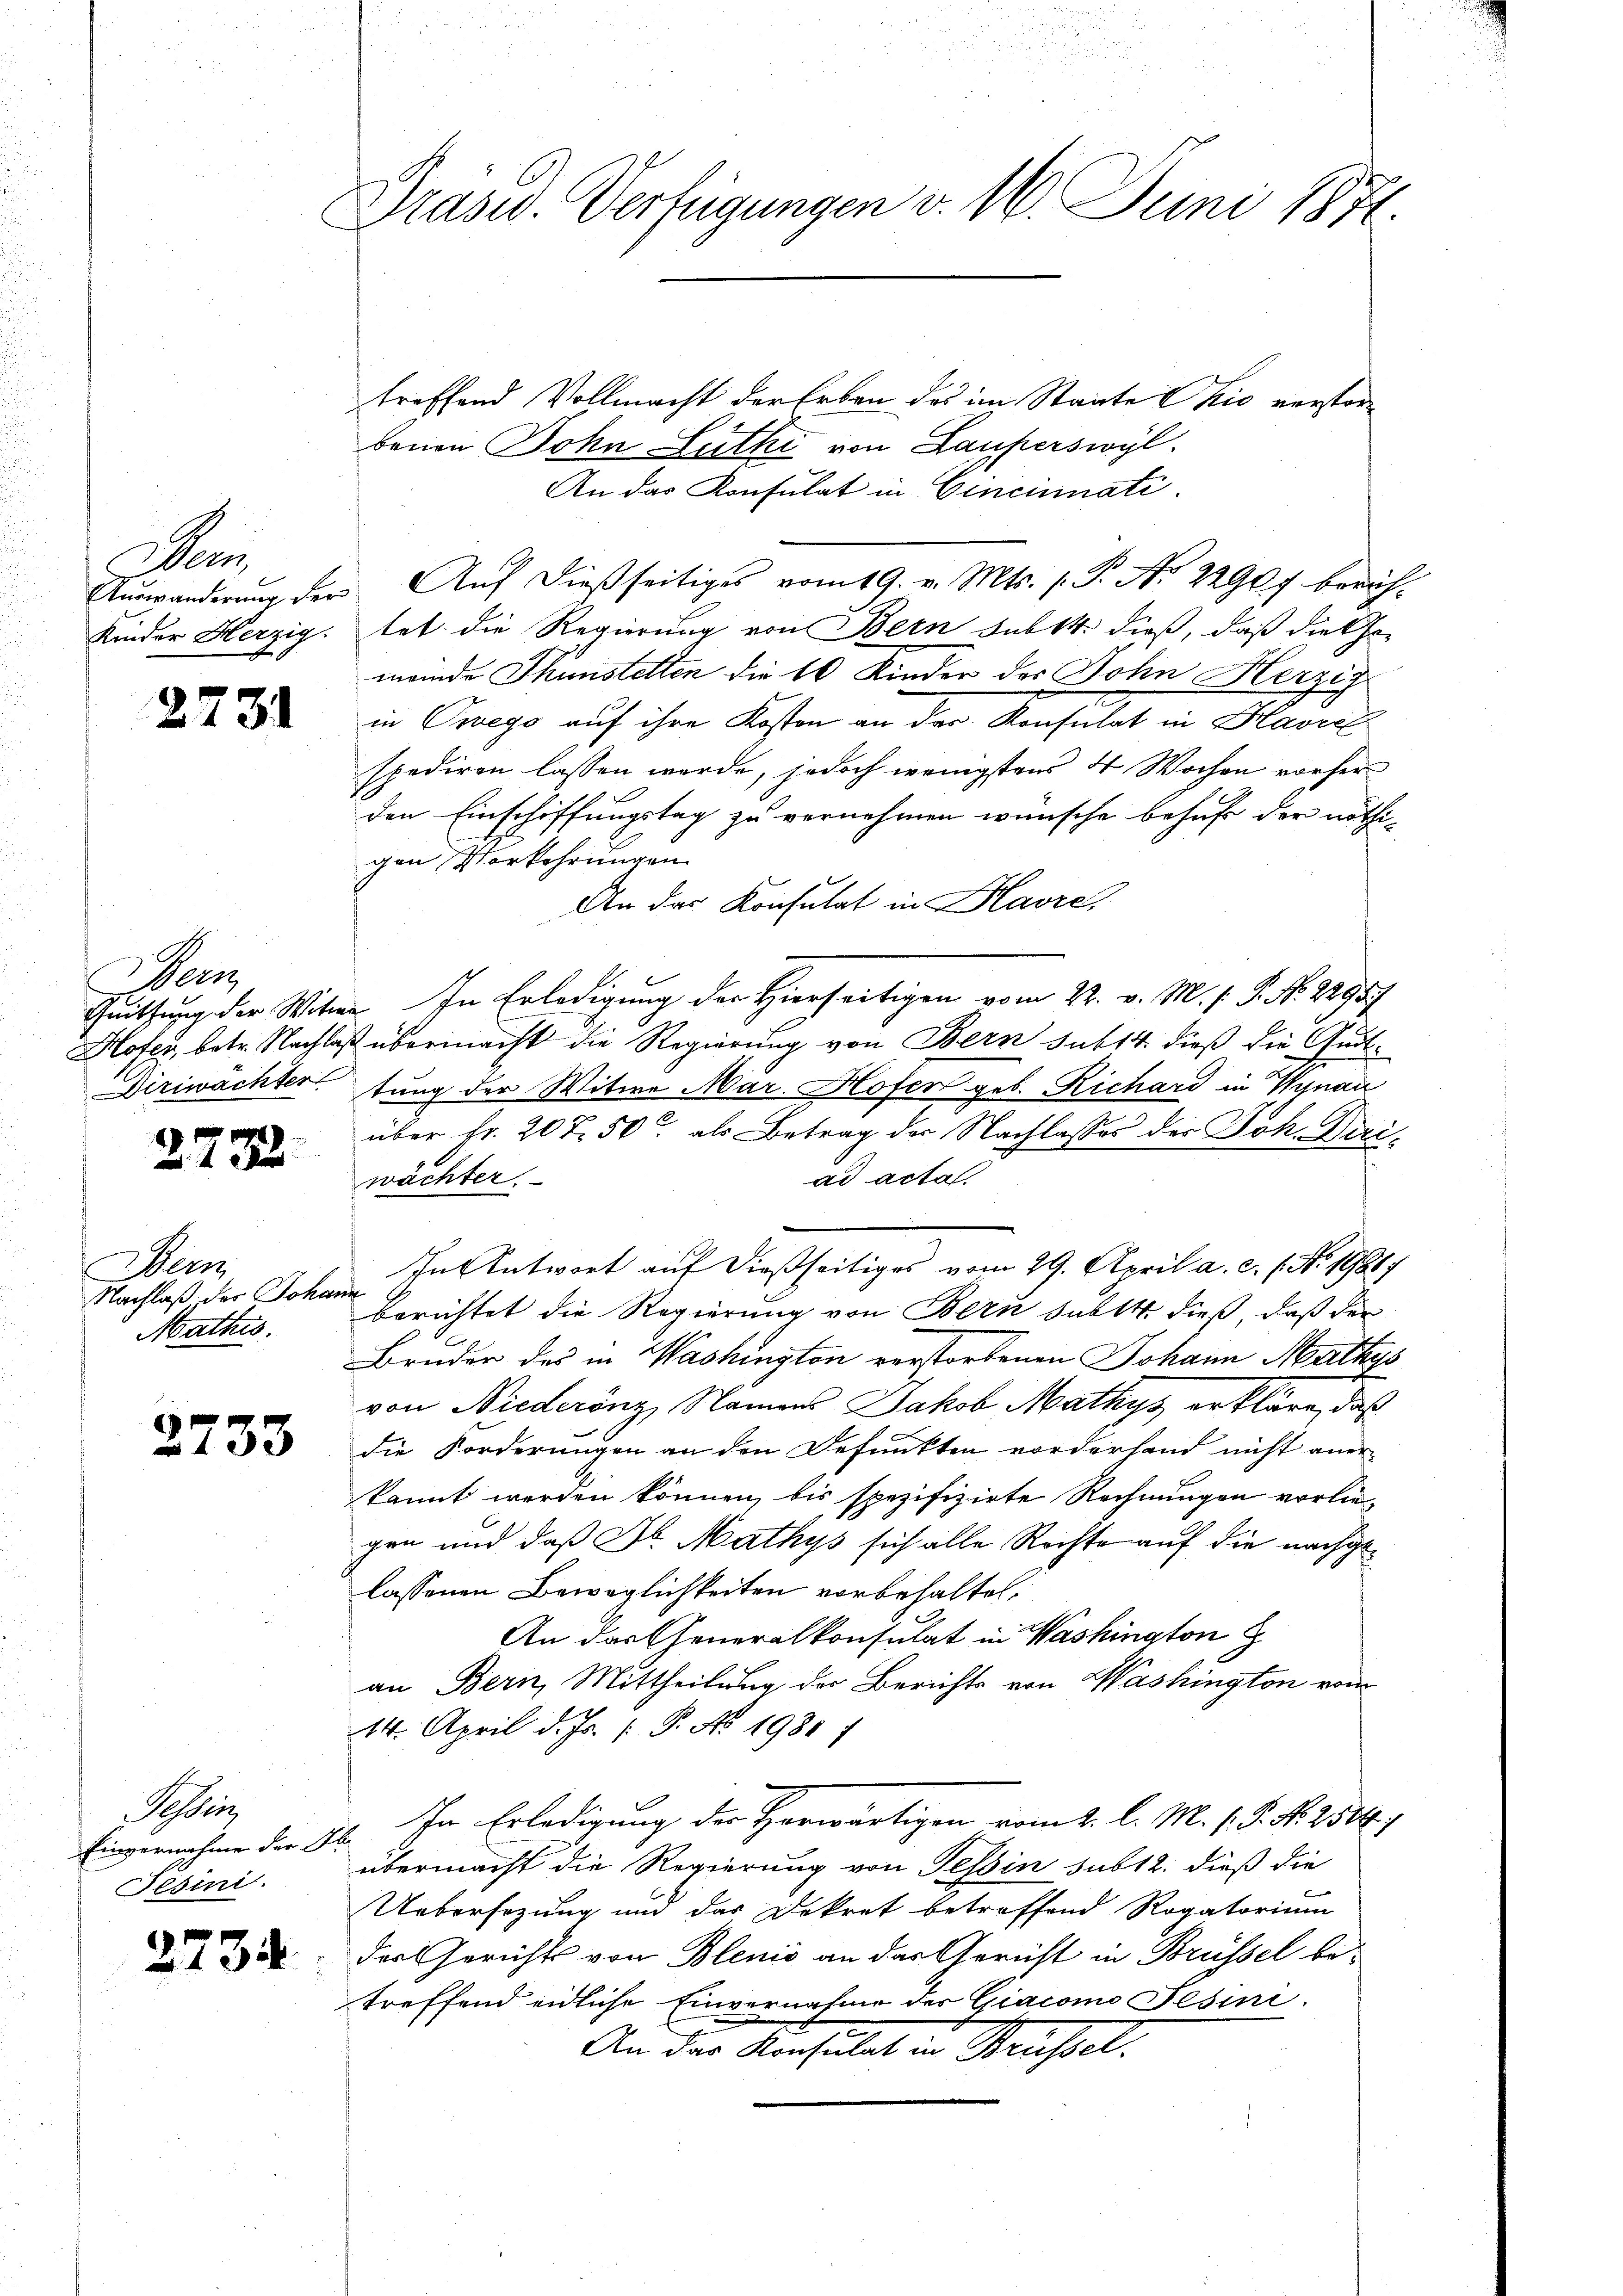
Bern,
Auswanderung der
Kinder Herzig.

2731

Bern
Diriwachter

2732

Dem
Nachlaß der Johan
Mathis

2733

Sahling
Einvernahme der A
Jesini.

2734.

Präsid. Verfügungen v. 16. Juni 1871.

treffend Vollmacht der Erben des im Staate Chio verstorbenen Sohn Luthe von Lauferswyl
An das Konsulat in Cincinati
Auf dießseitiges vom 19. v. Mts. 1. P. Nr. 2290 f. berüh
tet die Regierung von Bern sub 14. dieß, daß die Ge-
meinde Thunstetten die 16 Kinder der Dohn Herzig
in Owegs auf ihre Kosten an der Konsulat in Havre
spediren lassen werde, jedoch wenigstens 4 Wochen vorher
den Einschiffungstag zu vernehmen wünsche behufe der nöthi-
gen Vorkehrungen.
An das Konsulat in Havre,
Quittung der Witwe. In Erledigung der Hierseitigen vom 22. v. M. s. S. No. 22957
Hofer, betr. Nachlaß übermacht die Regierung von Bern sub 14. dieß die Guttung der Witwe Mar. Hofer geb. Richard in Wynau
über Fr. 207. 50 als Betrag der Nachlasses der Joh. Reciad acta.
wächter
In Antwort auf dießseitiges vom 29. April a. c. f. No. 19817
.
berichtet die Regierung von Bern subtt. dieß, daß der
Bruder des in Washington verstorbenen Johann Mathys
von Niederönz, Namens Jakob Mathys erkläre, daß
die Forderungen an den Befunkten vorderhand nicht aner-
kannt werden können, bis spezifizirte Rechnungen vorliegen und daß Dr. Mathys sich alle Rechte auf die nachgelassenen Beweglichkeiten vorbehalten,
An das Generalkonsulat in Washington
an Bern, Mittheilung der Berichts von Washington vom
14. April d. Js. [ P. No. 1981)
2. In Erledigung der Horwärtigen vom 2. l. M. P.P. Nr. 2564)
übermacht die Regierung von Tessin sub 12. dieß die
Uebersezung und das Dekret betreffend Rogatorium
des Gerichts von Blenio an das Gericht in Brüssel betreffend eidliche Einvernahme des Giacomo Fesini¬
An das Konsulat in Brüssel.